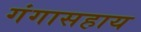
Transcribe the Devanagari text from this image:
गंगासहाय